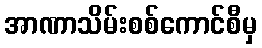
အာဏာသိမ်းစစ်ကောင်စီမှ